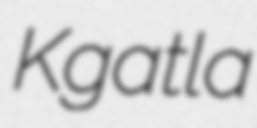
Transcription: Kgatla